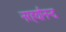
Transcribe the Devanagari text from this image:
नरहर्यानन्द